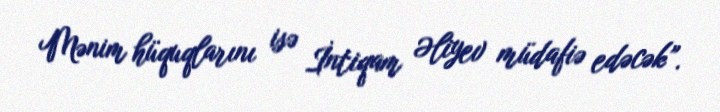
Mənim hüquqlarını isə İntiqam Əliyev müdafiə edəcək”.